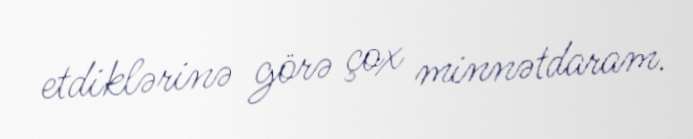
etdiklərinə görə çox minnətdaram.